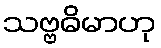
သဗ္ဗဓိမာဟု